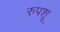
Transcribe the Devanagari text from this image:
रुपशू